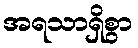
အရသာရှိစွာ